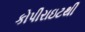
કોપીરાઇટથી